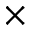
\times